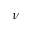
\nu